Riigikantselei, lk 200
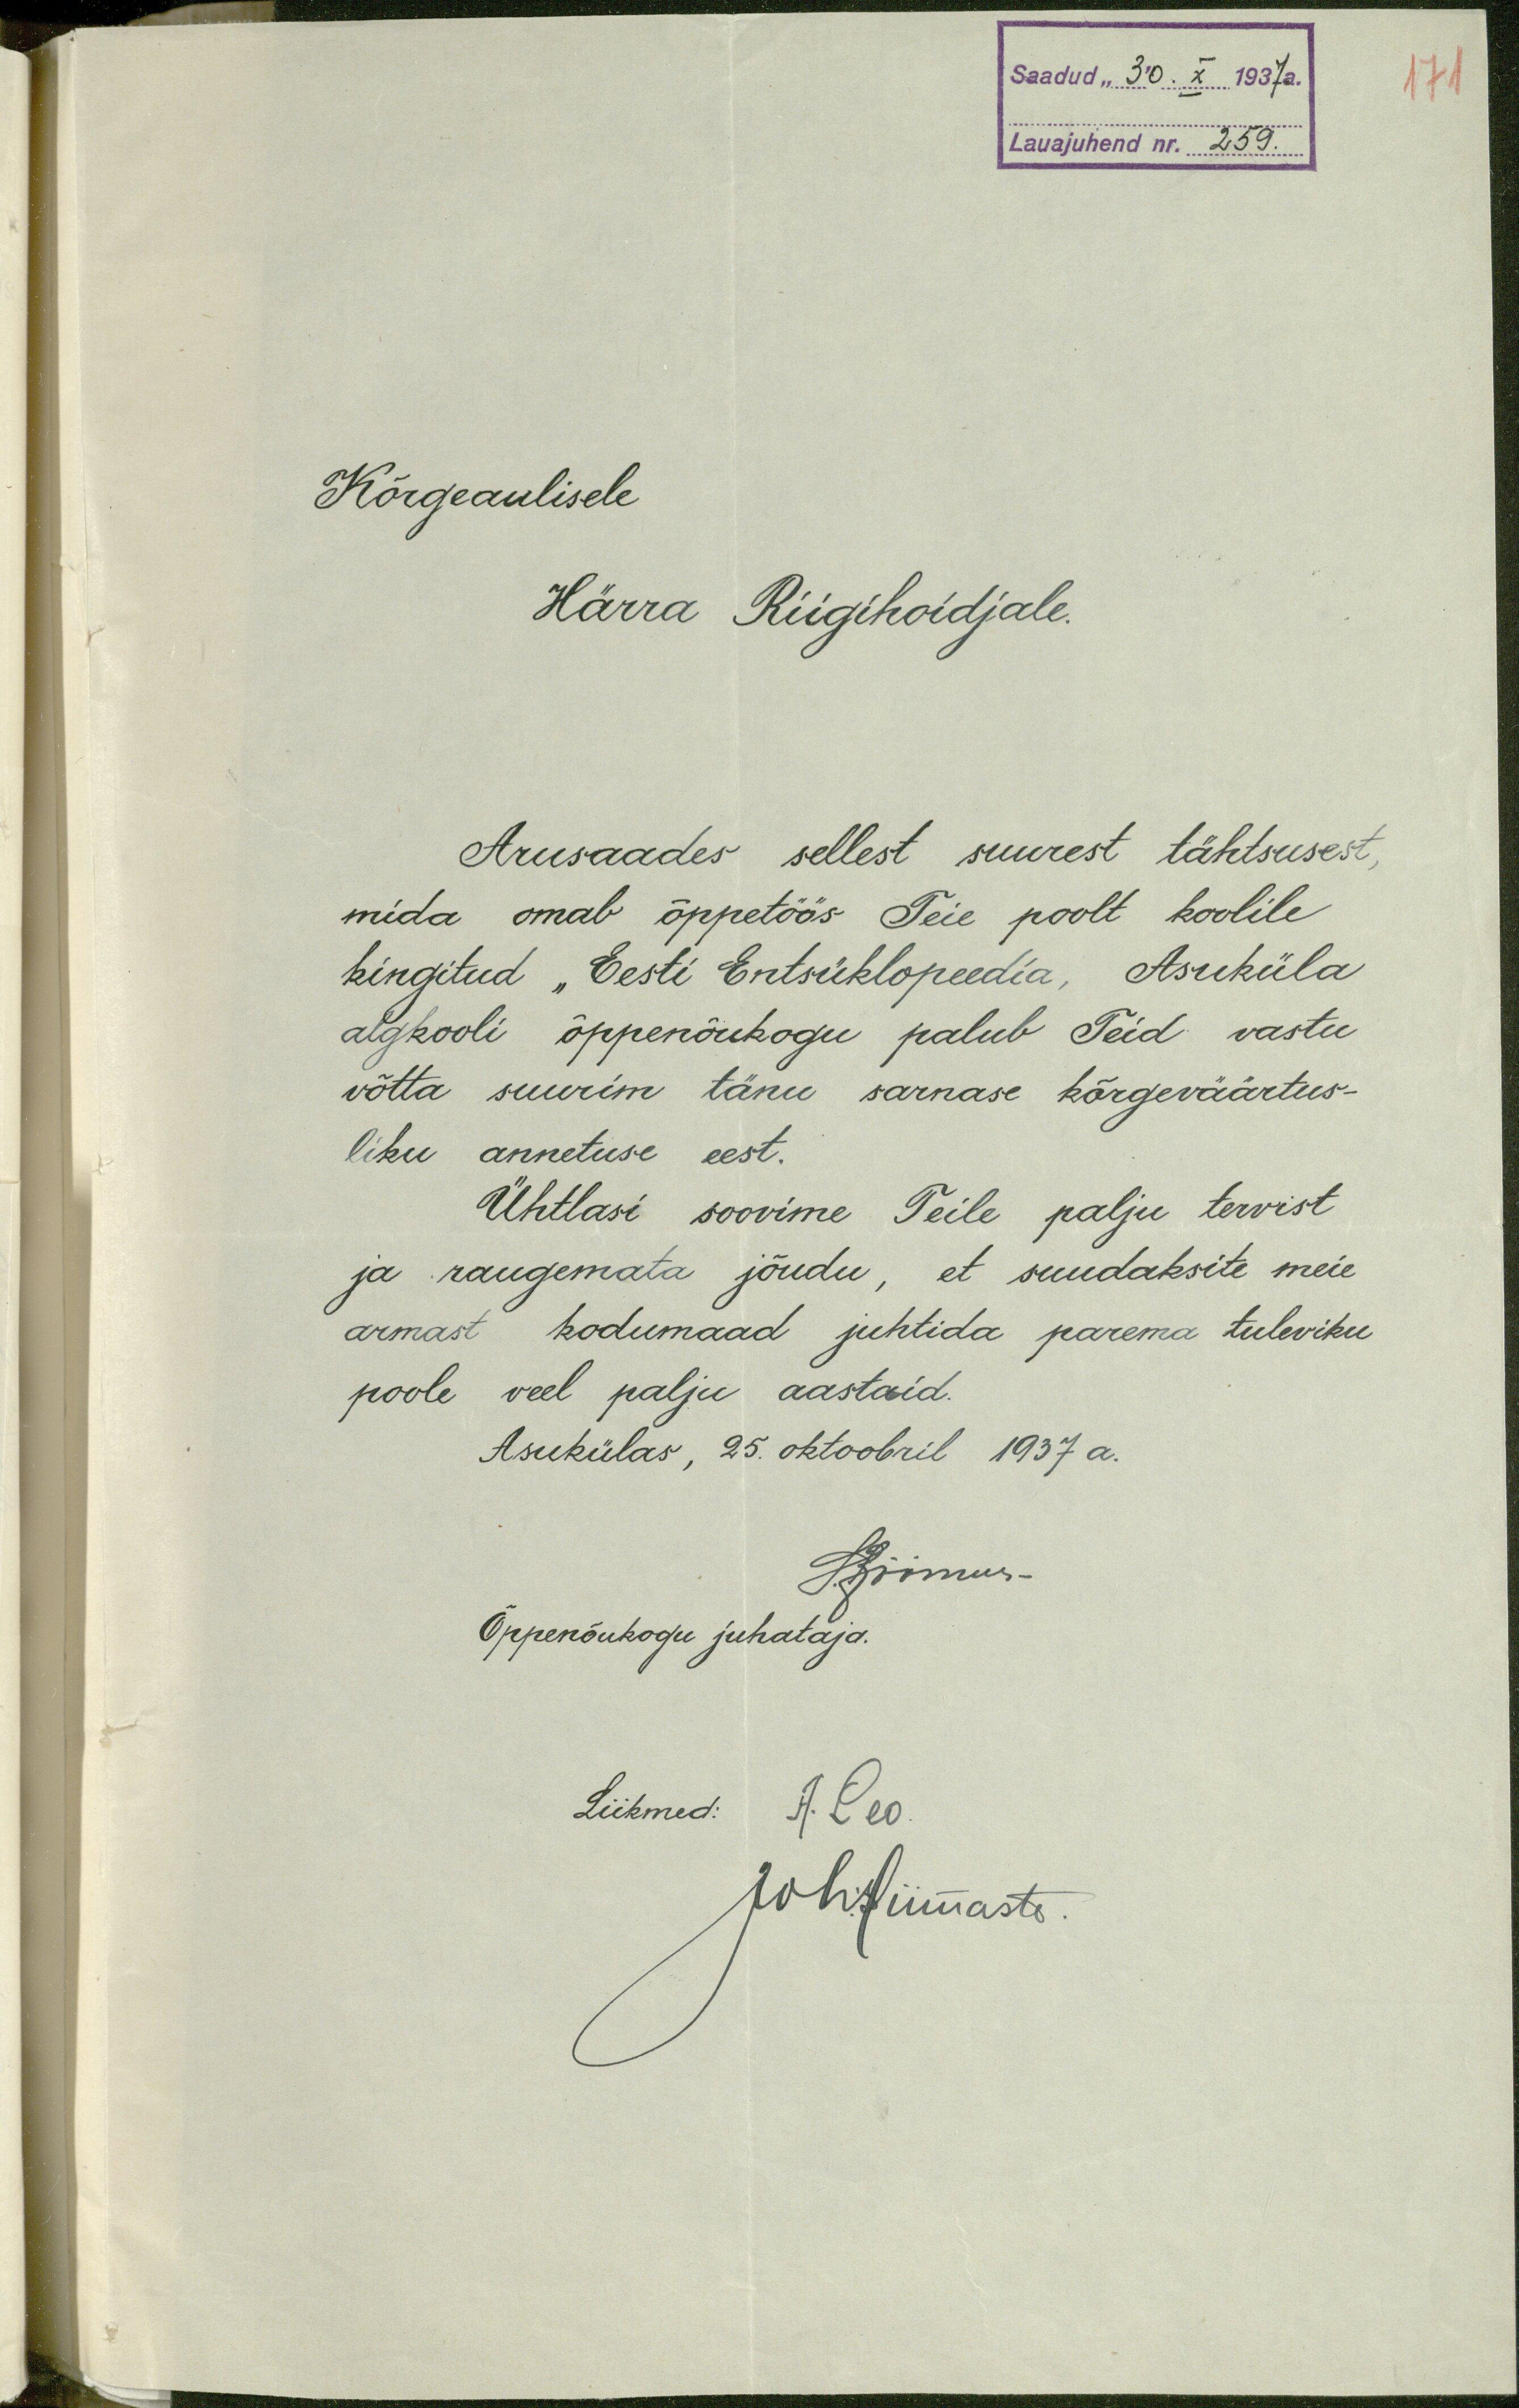
171
Saadud "30. X 1937a.
Lauajuhend nr. 259.
Kõrgeaulisele
Härra Riigihoidjale.
Arusaades sellest suurest tähtsusest,
mida omab õppetöös Teie poolt koolile
kingitud "Eesti Entsüklopeedia, Asuküla
algkooli õppenõukogu palub Teid vastu
võtta suurim tänu sarnase kõrgeväärtus-
liku annetuse eest.
Ühtlasi soovime Teile palju tervist
ja raugemata jõudu, et suudaksite meie
armast kodumaad juhtida parema tuleviku
poole veel palju aastaid.
Asukülas, 25. oktoobril 1937 a.
S. Rõõmus-
Õppenõukogu juhataja.
Liikmed: A. Leo
Joh. Siimaste